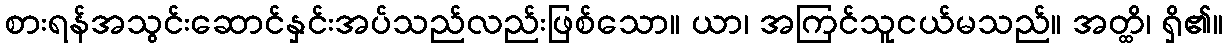
စားရန်အသွင်းဆောင်နှင်းအပ်သည်လည်းဖြစ်သော။ ယာ၊ အကြင်သူငယ်မသည်။ အတ္ထိ၊ ရှိ၏။